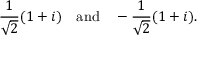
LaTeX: { \frac { 1 } { \sqrt { 2 } } } ( 1 + i ) \quad { \mathrm { a n d } } \quad - { \frac { 1 } { \sqrt { 2 } } } ( 1 + i ) .